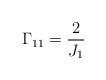
LaTeX: \begin{align*} \Gamma_{11} = \frac{2}{J_1} \end{align*}